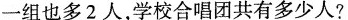
一组也多2人，学校合唱团共有多少人?(6分)